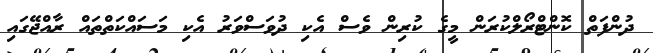
ދުންފަތް ކޮންޓްރޯލްކުރަން މީގެ ކުރިން ވެސް އެކި ދުވަސްވަރު އެކި މަސައްކަތްތައް ރާއްޖޭގައި